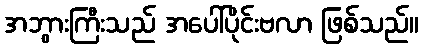
အဘွားကြီးသည် အပေါ်ပိုင်းဗလာ ဖြစ်သည်။